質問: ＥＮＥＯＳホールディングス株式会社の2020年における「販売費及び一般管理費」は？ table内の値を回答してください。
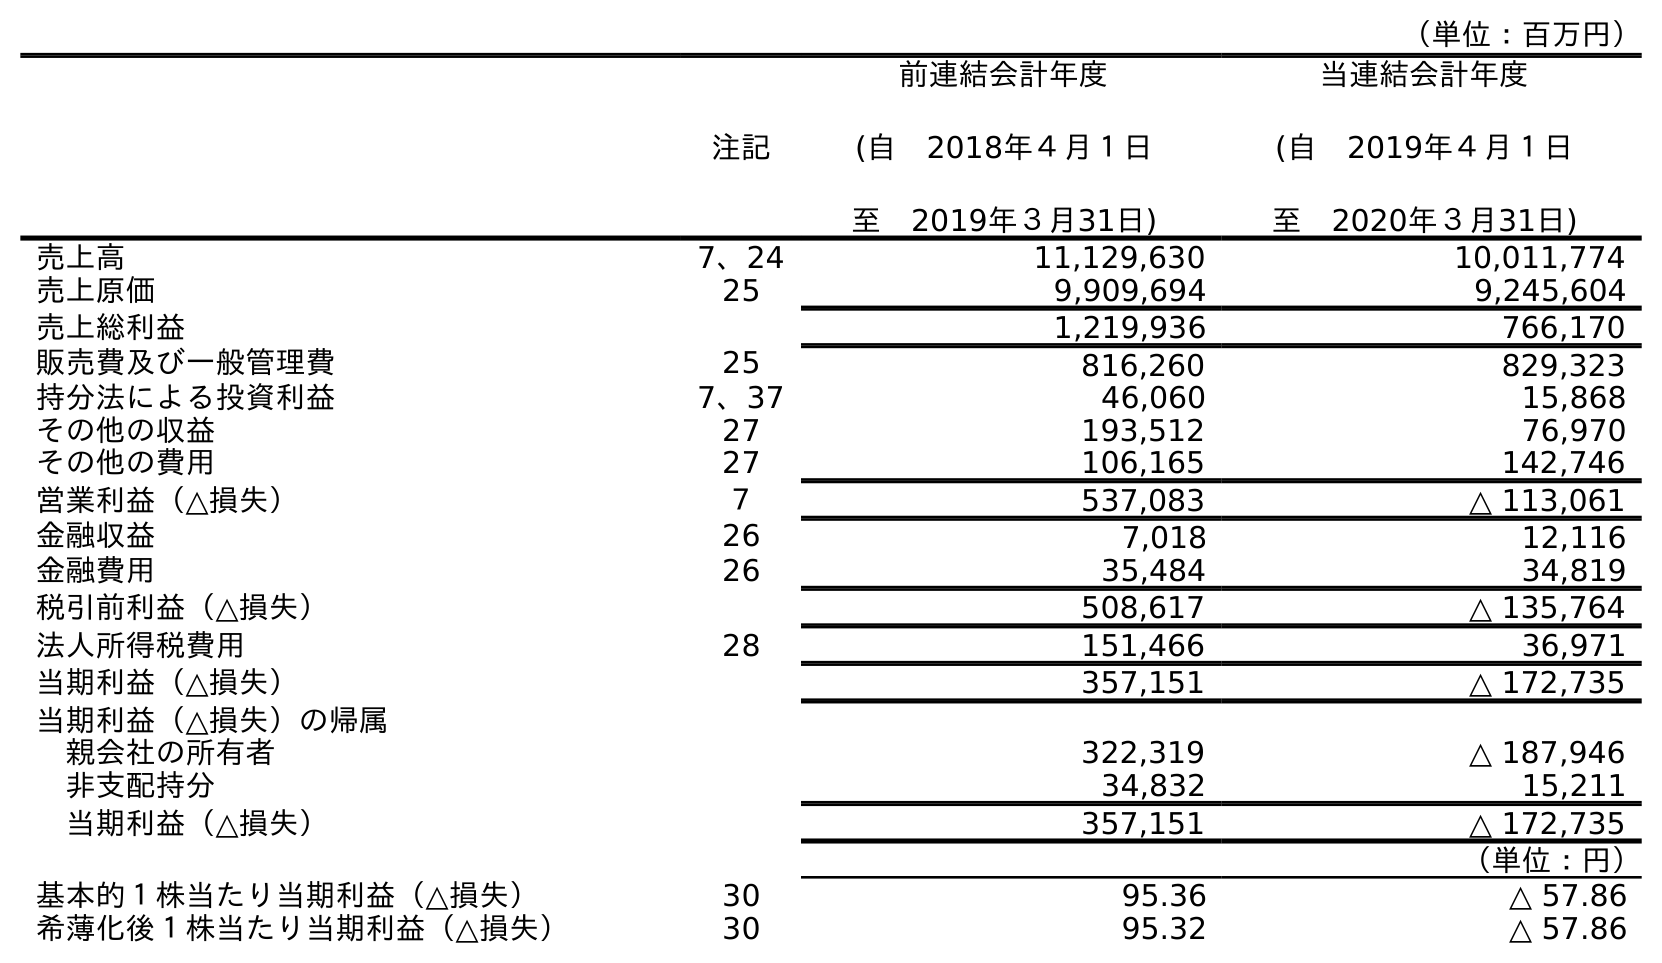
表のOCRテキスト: （単位：百万円） 注記 前連結会計年度 (自 2018年４月１日 至 2019年３月31日) 当連結会計年度 (自 2019年４月１日 至 2020年３月31日) 売上高 7、24 11,129,630 10,011,774 売上原価 25 9,909,694 9,245,604 売上総利益 1,219,936 766,170 販売費及び一般管理費 25 816,260 829,323 持分法による投資利益 7、37 46,060 15,868 その他の収益 27 193,512 76,970 その他の費用 27 106,165 142,746 営業利益（△損失） ７ 537,083 △ 113,061 金融収益 26 7,018 12,116 金融費用 26 35,484 34,819 税引前利益（△損失） 508,617 △ 135,764 法人所得税費用 28 151,466 36,971 当期利益（△損失） 357,151 △ 172,735 当期利益（△損失）の帰属 親会社の所有者 322,319 △ 187,946 非支配持分 34,832 15,211 当期利益（△損失） 357,151 △ 172,735 （単位：円） 基本的１株当たり当期利益（△損失） 30 95.36 △ 57.86 希薄化後１株当たり当期利益（△損失） 30 95.32 △ 57.86
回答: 829,323